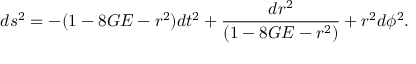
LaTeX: d s ^ { 2 } = - ( 1 - 8 G E - r ^ { 2 } ) d t ^ { 2 } + \frac { d r ^ { 2 } } { ( 1 - 8 G E - r ^ { 2 } ) } + r ^ { 2 } d \phi ^ { 2 } .